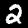
Digit: 2